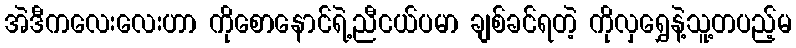
အဲဒီကလေးလေးဟာ ကိုစောနောင်ရဲ့ညီငယ်ပမာ ချစ်ခင်ရတဲ့ ကိုလှရွှေနဲ့သူ့တပည့်မ